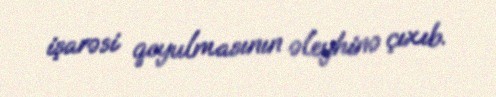
işarəsi qoyulmasının əleyhinə çıxıb.